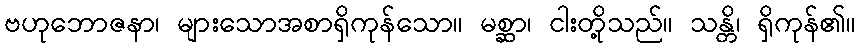
ဗဟုဘောဇနာ၊ များသောအစာရှိကုန်သော။ မစ္ဆာ၊ ငါးတို့သည်။ သန္တိ၊ ရှိကုန်၏။